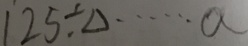
1 2 5 \div \Delta \cdots a